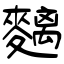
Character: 麶